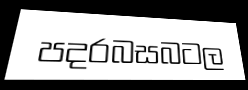
පදරබසබටල